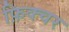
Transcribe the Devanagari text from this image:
फ़िक्चर